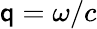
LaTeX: \mathsf{q}=\omega/c